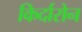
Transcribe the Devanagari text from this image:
किर्दारोन